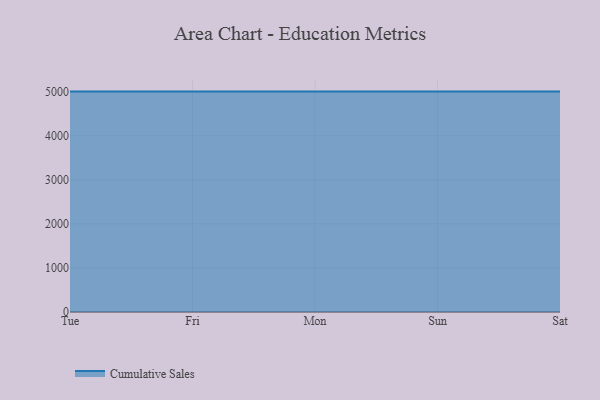
{"axis": {"x": "Day", "y": "Operating Costs (USD K)"}, "legend": ["Cumulative Sales"], "data": [{"x": "Tue", "y": 5000, "type": "Cumulative Sales"}, {"x": "Fri", "y": 5000, "type": "Cumulative Sales"}, {"x": "Mon", "y": 5000, "type": "Cumulative Sales"}, {"x": "Sun", "y": 5000, "type": "Cumulative Sales"}, {"x": "Sat", "y": 5000, "type": "Cumulative Sales"}]}